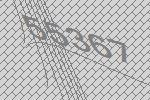
55367